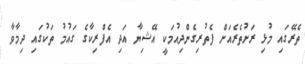
ތެރޭގައި މުޅި ރަށުތެރެއަށް ފެތުރިގެންދިއުމަކީ އޭޝިޔާ އަދި އެފްރިކާގެ ގައުމު ތަކުގައި ދިމާވާ